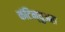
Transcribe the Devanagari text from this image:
कंटिन्युअस